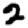
Digit: 2